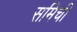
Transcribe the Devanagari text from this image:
समिची